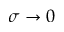
\sigma \rightarrow 0